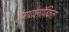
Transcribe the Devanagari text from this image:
हेमाटोलॉजिकल